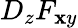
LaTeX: D_{z}F_{\mathbf{x}y}